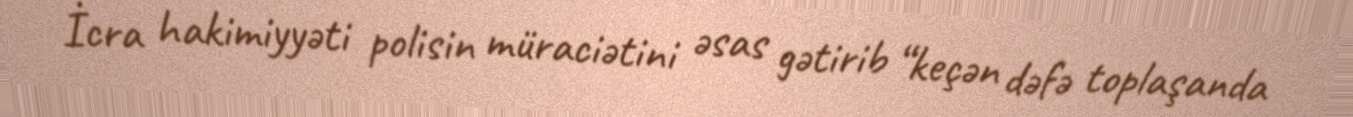
İcra hakimiyyəti polisin müraciətini əsas gətirib “keçən dəfə toplaşanda